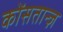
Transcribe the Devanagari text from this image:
कोंसतान्ज़